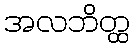
အလဘိတ္ထ